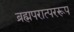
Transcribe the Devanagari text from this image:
ब्रह्मपरात्पररूप